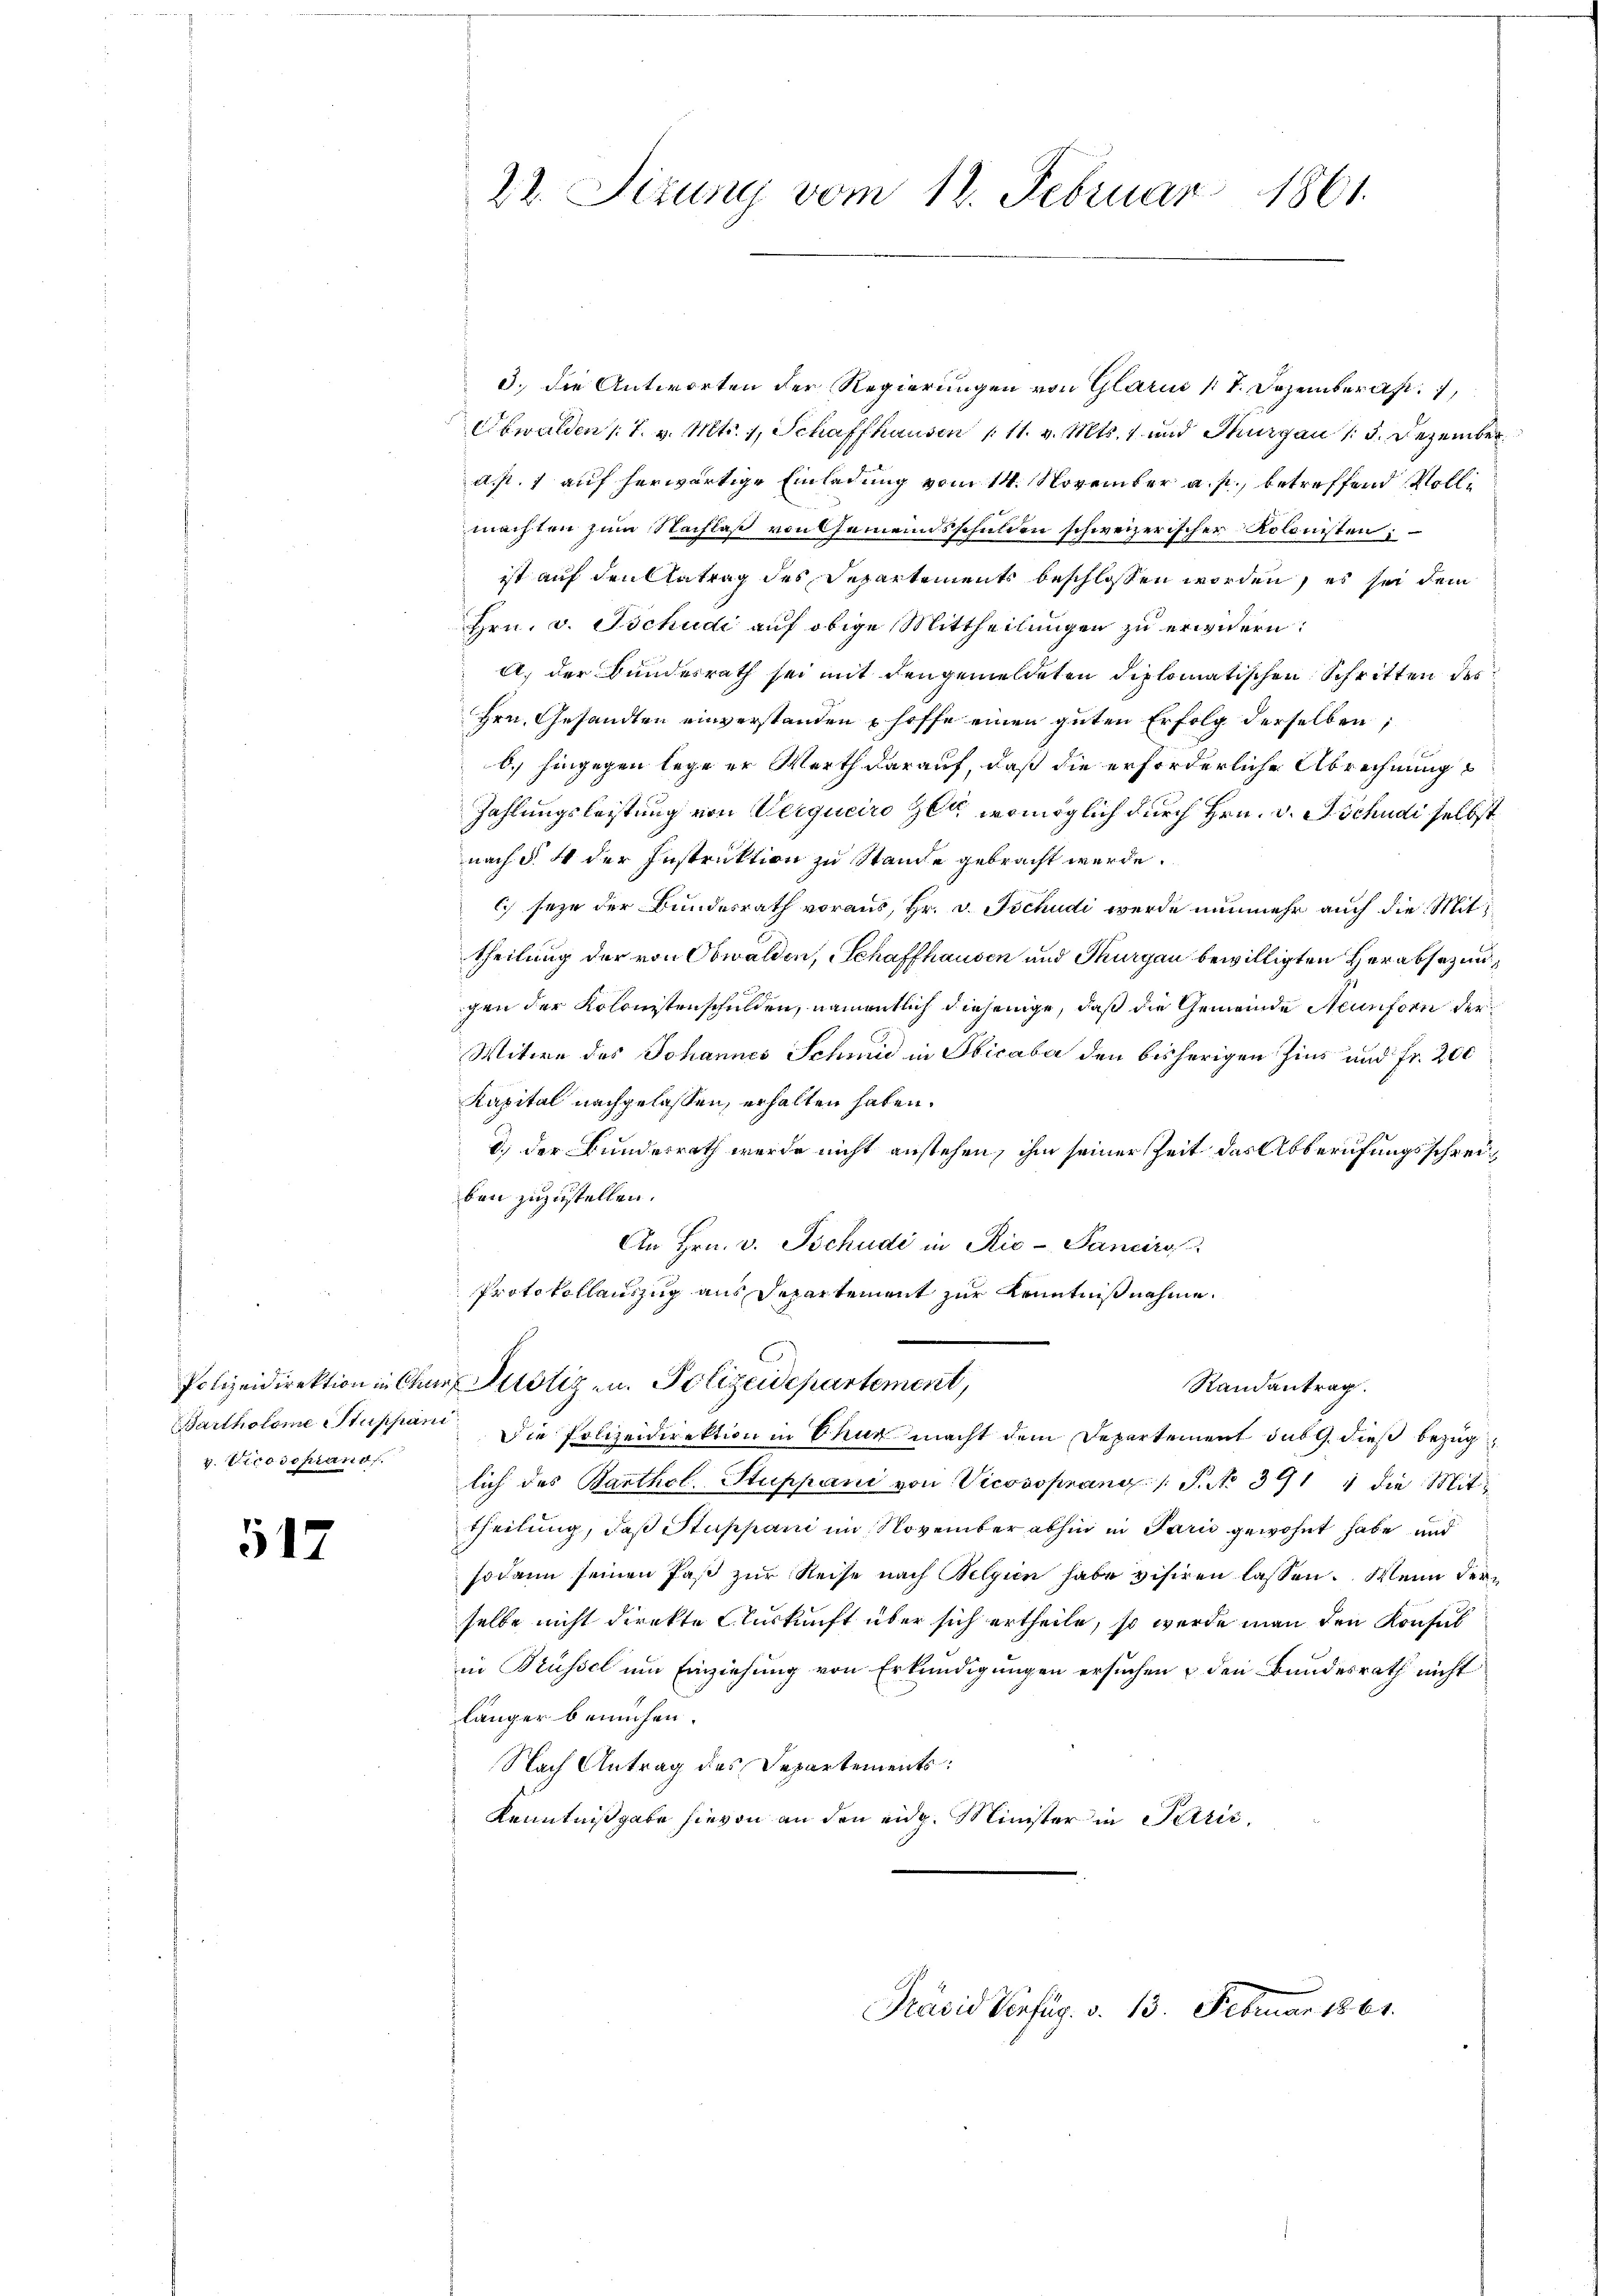
v. Vice destand

512

22. Sizung vom 12. Februar 1861.

3.) Die Antworten der Regierungen von Glarus (T. Dezembera
Obwalden 17. v. Mts. 1, Schaffhausen 111. v. Mts. 1 und Thurgau 15. Dezember
a. p. 1 auf herwärtige Einladung vom 14. November a. p., betreffend Vollmachten zum Nachlaß von Gemeindsschulden schweizerischer Kolonisten;
ist auf den Antrag des Departements beschlossen worden, es sei dem
Hrn. v. Tschudi auf obige Mittheilungen zu erwidern:
A. der Bundesrath sei mit den gemeldeten diplomatischen Schritten des
Hrn. Gesandten einverstanden hoffe einen guten Erfolg derselben;
6.) hingegen lege er Werth darauf, daß die erforderliche Abrechnung
Zahlungsleistung von Verqueiro Zen, womöglich durch Hrn. v. Tschudi selbst
nach § 4 der Instruktion zu Stande gebracht werde.
ich seyn der Bundesrath voraus, Hr. v. Tschudi werde nunmehr auch die Mittheilung der von Obwalden, Schaffhausen und Thurgau bewilligten Herabsezungen der Kolonistenschulden, namentlich diejenige, daß die Gemeinde Neunforn der¬
Witwe des Johannes Schmid in Obicaba den bisherigen Zins und Fr. 200
Kapital nachgelassen, erhalten haben.
d.) der Bunderrath werde nicht anstehen, ihm seiner Zeit das Abberufungsschreiben zuzustellen.
An Hrn. v. Tschudi in Rio - Panciro
Protokollauszug aus Departement zur Kenntnißnahme.
Polizeidirektion in Chur Potiz u. Polizeidepartement,
Randantrag.
Bartholome Stuppan Die Polizeidirektion in Thun macht dem Departement sub 9. dieß bezug
lich des Barthol. Stuppani von Vicossprang / S. No 391 1 die Mit-
theilung, daß Stuppani im November abhin in Paris gewohnt habe und
sodann seinen Paβ zŭr Reise nach Belgien habe visiren lassen. Wenn derselbe nicht direkte Auskunft über sich ertheile, so werde man den Konsul
in Trüssel um Einziehung von Erkundigungen ersuchen & den Bundesrath nicht
länger bemühen.
Nach Antrag des Departements:
Kenntnißgabe hievon an den eidg. Minister in Petric

Prävid Verfüg. v. 13. Februar 1861.